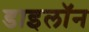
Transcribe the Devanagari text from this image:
डाइलॉन